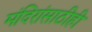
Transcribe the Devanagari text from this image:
मंदिरांसाठीही